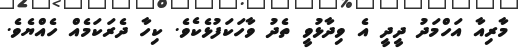
މާރިއާ އަހްމަދު ދީދީ އެ ވިދާޅުވީ ތެދު ވާހަކަފުޅެކެވެ. ކިހާ ދެރަކަމެއް ހެއްޔެވެ.